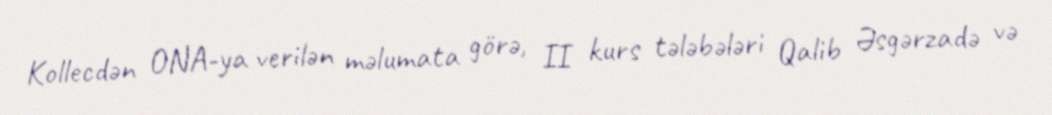
Kollecdən ONA-ya verilən məlumata görə, II kurs tələbələri Qalib Əsgərzadə və